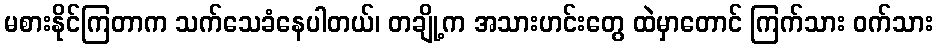
မစားနိုင်ကြတာက သက်သေခံနေပါတယ်၊ တချို့က အသားဟင်းတွေ ထဲမှာတောင် ကြက်သား ဝက်သား